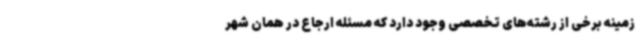
زمینه برخی از رشته‌های تخصصی وجود دارد که مسئله ارجاع در همان شهر